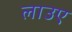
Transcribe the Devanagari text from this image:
लाउए